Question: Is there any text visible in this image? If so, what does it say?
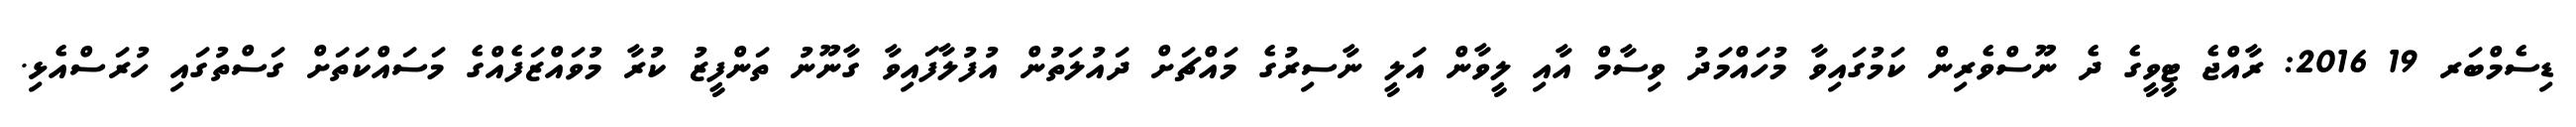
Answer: ޑިސެމްބަރ 19 2016: ރާއްޖެ ޓީވީގެ ދެ ނޫސްވެރިން ކަމުގައިވާ މުހައްމަދު ވިސާމް އާއި ލީވާން އަލީ ނާސިރުގެ މައްޗަށް ދައުލަތުން އުފުލާފައިވާ ގާނޫނު ތަންފީޒު ކުރާ މުވައްޒަފެއްގެ މަސައްކަތަށް ގަސްތުގައި ހުރަސްއެޅި.